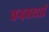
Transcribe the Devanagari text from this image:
चन्दबरदाई